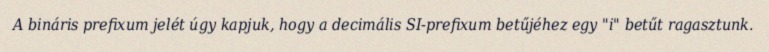
A bináris prefixum jelét úgy kapjuk, hogy a decimális SI-prefixum betűjéhez egy "i" betűt ragasztunk.